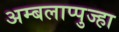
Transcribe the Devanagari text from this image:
अम्बलाप्पुज्हा